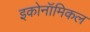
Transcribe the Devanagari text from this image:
इकोनॉमिकल